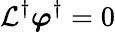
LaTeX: {\cal L}^{\dagger}\boldsymbol{\varphi}^{\dagger}=0